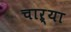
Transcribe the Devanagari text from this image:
चाऱ्या